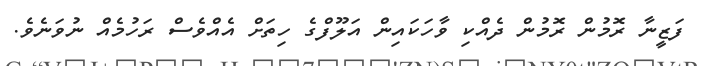
ފަޒީނާ ރޮމުން ރޮމުން ދެއްކި ވާހަކައިން އަލޫފްގެ ހިތަށް އެއްވެސް ރަހުމެއް ނުވަނެވެ.